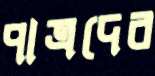
পাত্রদের